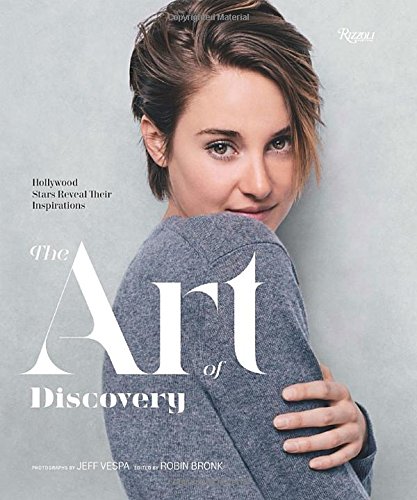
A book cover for The Art of Discovery: Hollywood Stars Reveal Their Inspirations; Humor & Entertainment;